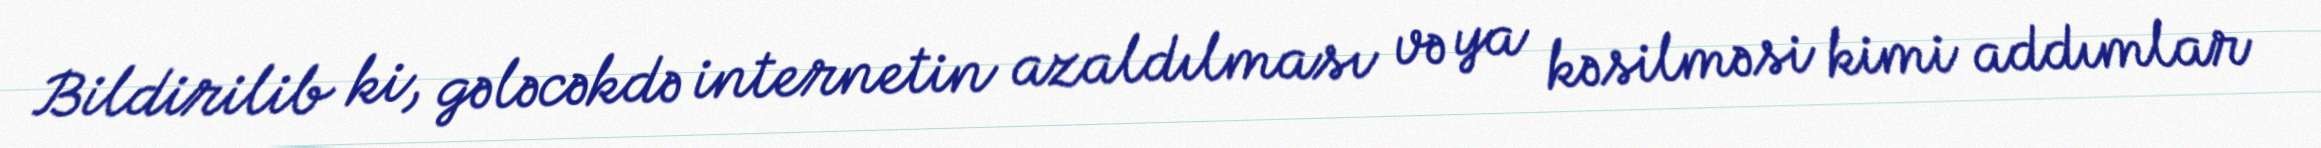
Bildirilib ki, gələcəkdə internetin azaldılması və ya kəsilməsi kimi addımlar